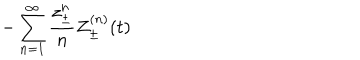
LaTeX: - \sum _ { n = 1 } ^ { \infty } \frac { z _ { \pm } ^ { n } } { n } Z _ { \pm } ^ { ( n ) } ( t )